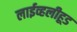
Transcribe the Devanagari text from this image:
लाईव्हलीहूड